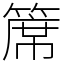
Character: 𥱊